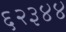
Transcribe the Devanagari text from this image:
६२३४४